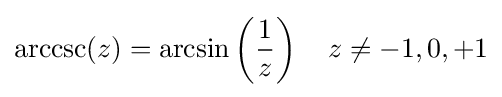
\operatorname {arccsc} (z)=\arcsin \left({\frac {1}{z}}\right)\quad z\neq -1,0,+1